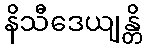
နိသီဒေယျန္တိ